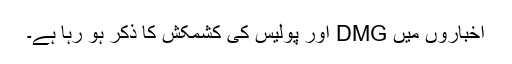
اخباروں میں DMG اور پولیس کی کشمکش کا ذکر ہو رہا ہے۔